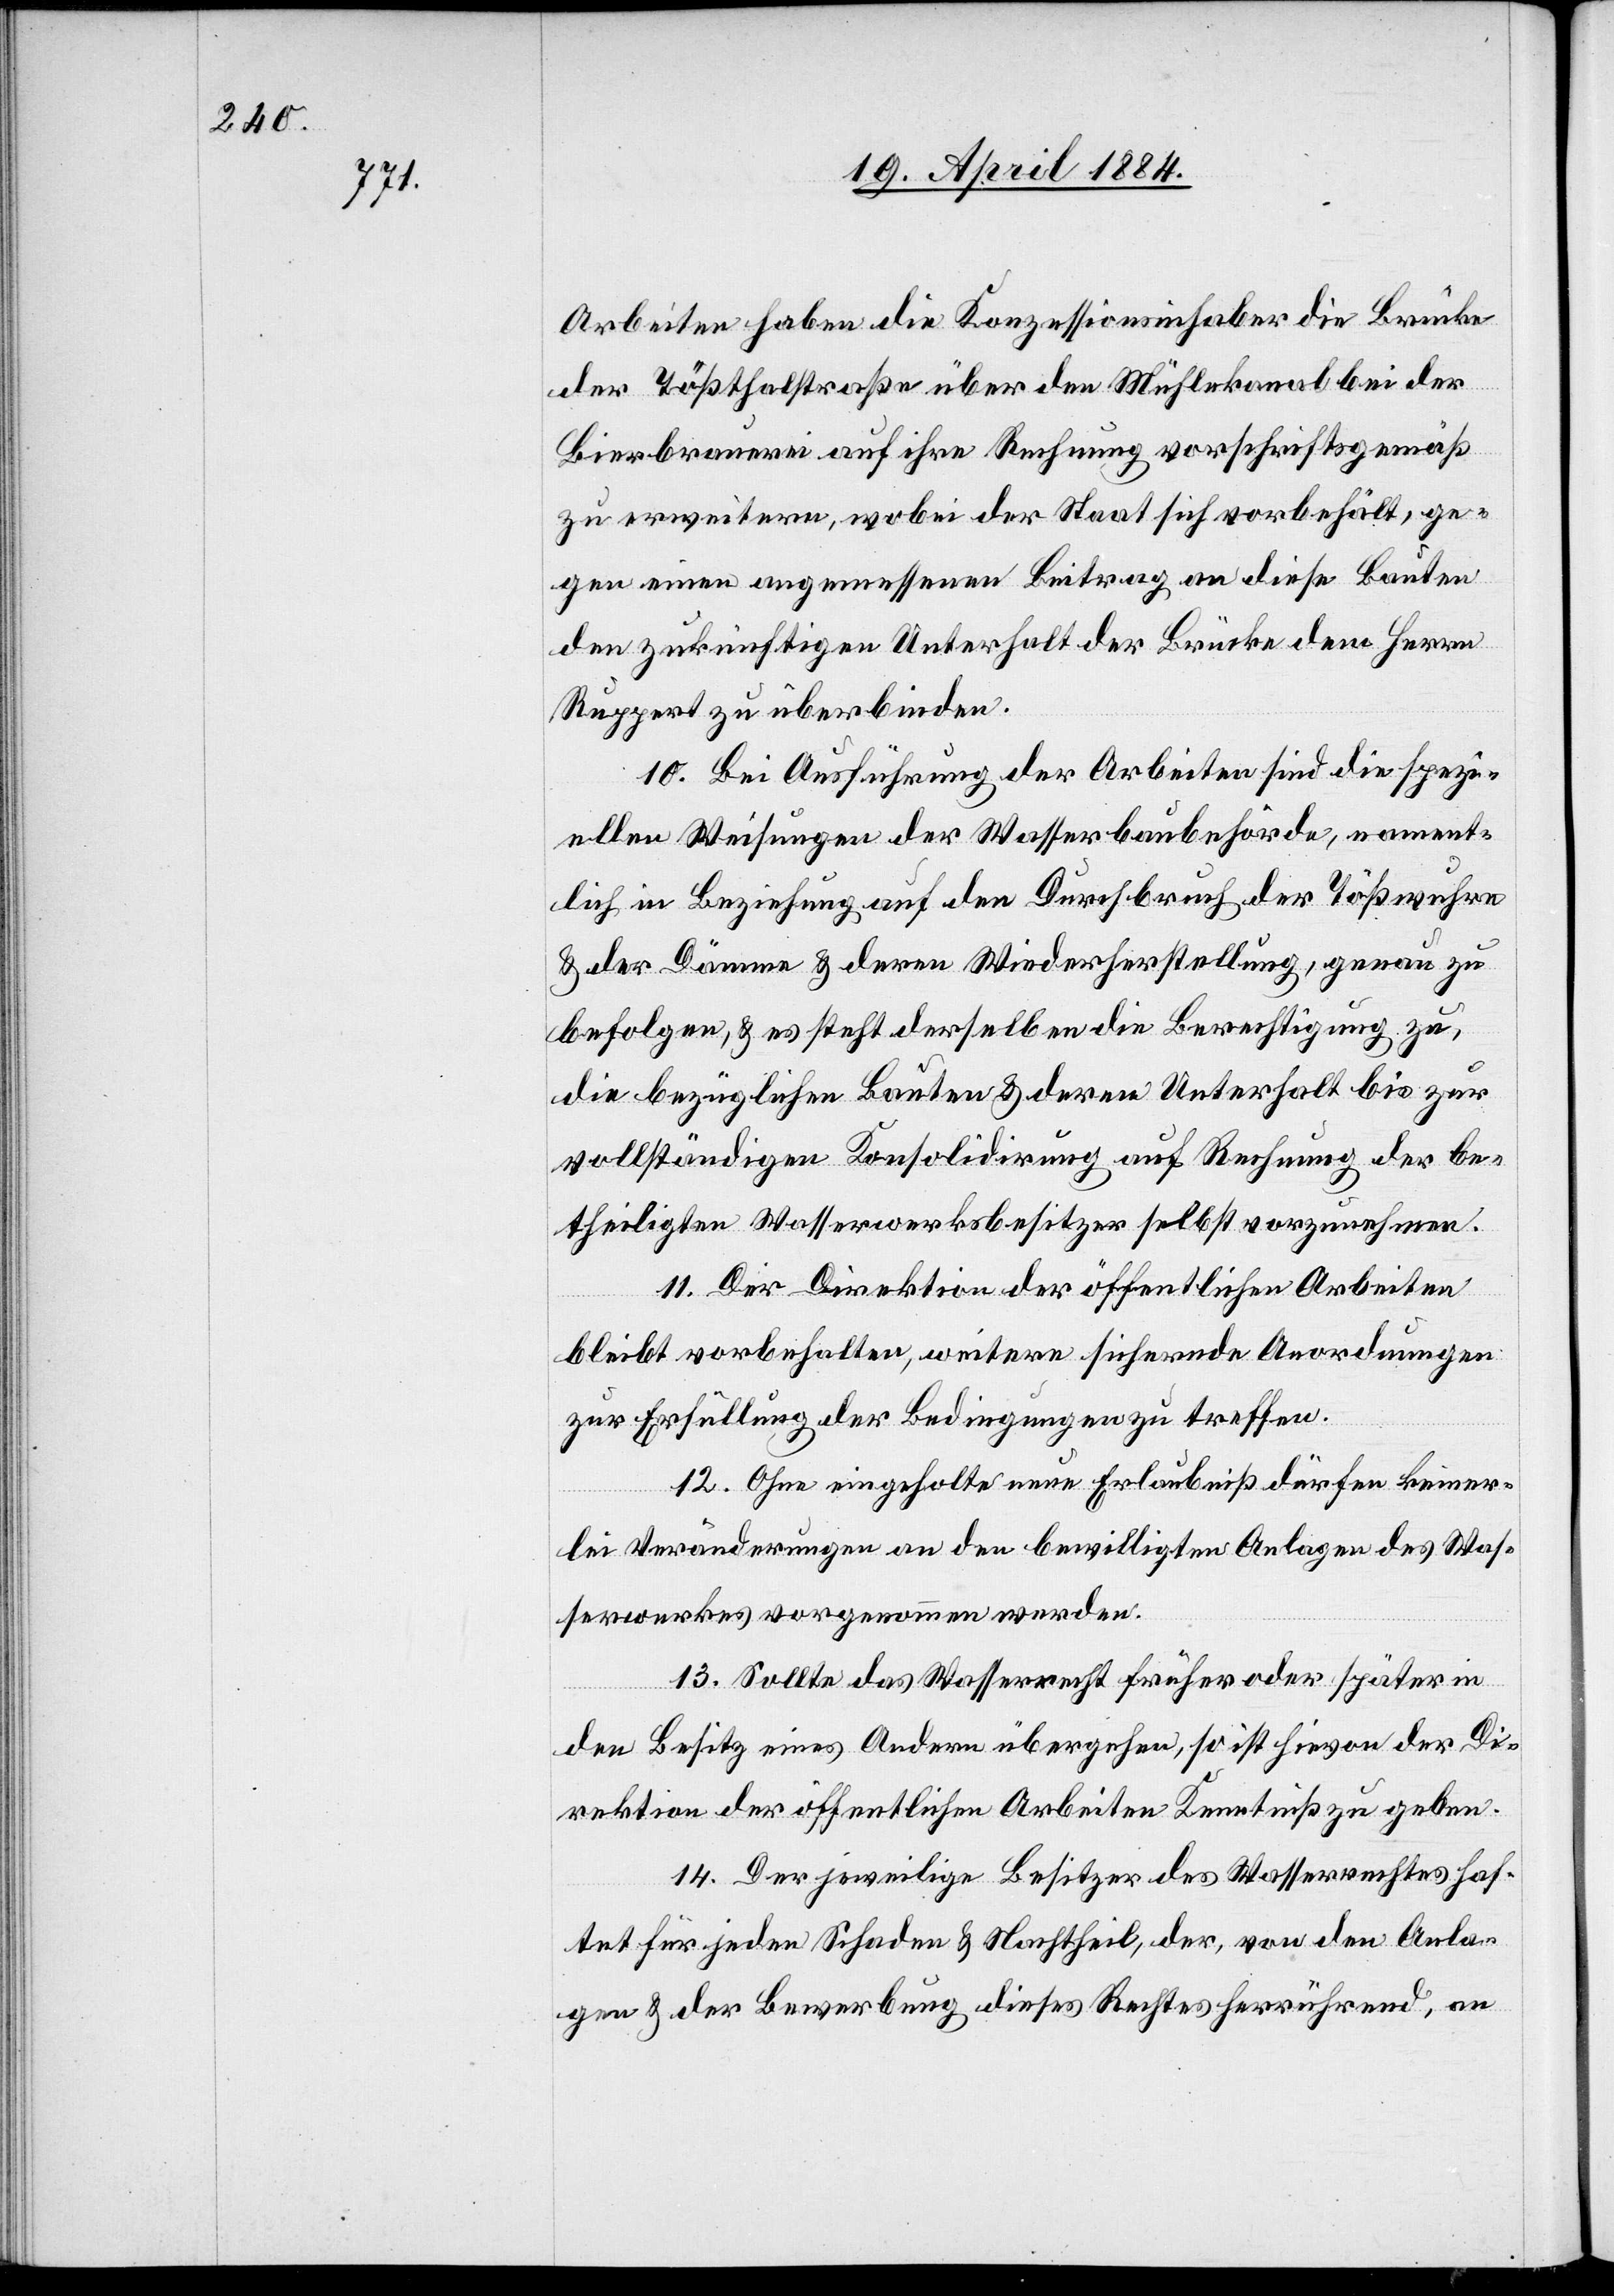
Arbeiten haben die Konzessionsinhaber die Brücke
der Tößthalstraße über den Mühlekanal bei der
Bierbrauerei auf ihre Rechnung vorschriftsgemäß
zu erweitern, wobei der Staat sich vorbehält, ge¬
gen einen angemessenen Beitrag an diese Bauten
den zukünftigen Unterhalt der Brücke dem Herrn
Ruppert zu überbinden.
10. Bei Ausführung der Arbeiten sind die spezi¬
ellen Weisungen der Wasserbaubehörde, nament¬
lich in Beziehung auf den Durchbruch der Tößwuhre
& der Dämme & deren Wiederherstellung, genau zu
befolgen, & es steht derselben die Berechtigung zu,
die bezüglichen Bauten & deren Unterhalt bis zur
vollständigen Konsolidirung auf Rechnung der be¬
theiligten Wasserwerksbesitzer selbst vorzunehmen.
11. Der Direktion der öffentlichen Arbeiten
bleibt vorbehalten, weitere sichernde Anordnungen
zur Erfüllung der Bedingungen zu treffen.
12. Ohne eingeholte neue Erlaubniß dürfen keiner¬
lei Veränderungen an den bewilligten Anlagen des Was¬
serwerkes vorgenommen werden.
13. Sollte das Wasserrecht früher oder später in
den Besitz eines Andern übergehen, so ist hievon der Di¬
rektion der öffentlichen Arbeiten Kenntniß zu geben.
14. Der jeweilige Besitzer des Wasserrechtes haf¬
tet für jeden Schaden & Nachtheil, der, von den Anla¬
gen & der Bewerbung dieses Rechtes herrührend, an